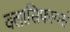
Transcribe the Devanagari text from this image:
क्लासिफायर्स